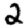
Digit: 2